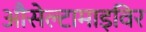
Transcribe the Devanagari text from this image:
औसेल्टामाइविर